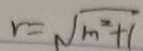
r = \sqrt { m ^ { 2 } + 1 }